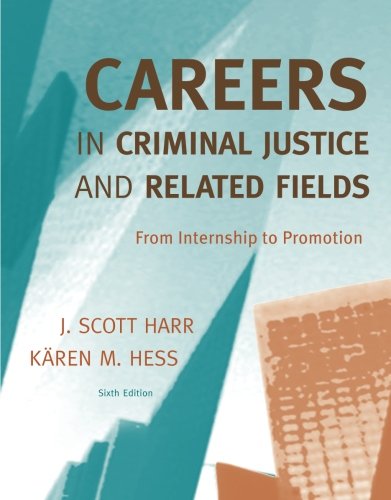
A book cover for Careers in Criminal Justice and Related Fields: From Internship to Promotion; J. Scott Harr; Law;